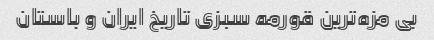
بی مزه‌ترین قورمه سبزی تاریخ ایران و باستان